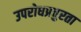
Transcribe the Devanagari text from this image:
उपरोधप्रचुरता